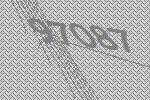
97087